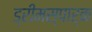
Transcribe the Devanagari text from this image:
ड्रीमस्पार्क